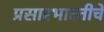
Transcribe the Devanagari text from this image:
प्रसारभारतीचे